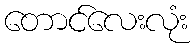
တောင်လေးလုံး